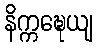
နိက္ကဍ္ဎေယျ